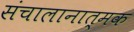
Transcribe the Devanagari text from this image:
संचालानात्मक